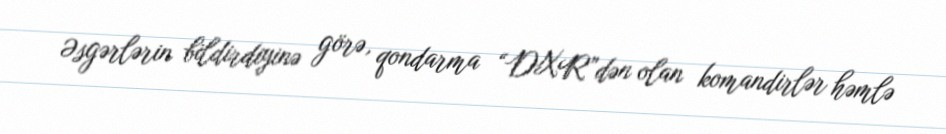
Əsgərlərin bildirdiyinə görə, qondarma “DXR”dən olan komandirlər həmlə